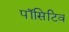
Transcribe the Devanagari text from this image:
पॉसिटिव